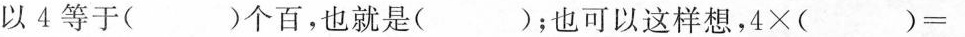
以 4 等于()个百，也就是()；也可以这样想，$$4 \times ( )=$$